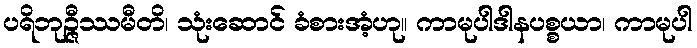
ပရိဘုဉ္ဇီဿမီတိ၊ သုံးဆောင် ခံစားအံ့ဟု။ ကာမုပါဒါနပစ္စယာ၊ ကာမုပါ